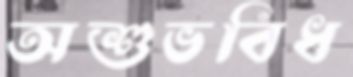
অশুভবিধ